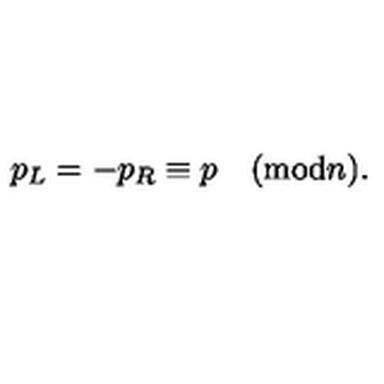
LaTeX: p _ { L } = - p _ { R } \equiv p \quad ( \mathrm { m o d } n ) .